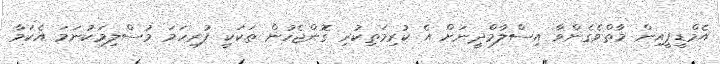
އެމްޑީޕީއިން މާތްވެގެންވާ އިސްލާމްދީނަށް އެ ކުރިމަތިކުރި ގޮންޖެހުން ތަކަކީ ފުރިހަމަ މުސްލިމަކުނަމަ އެކަމާ